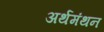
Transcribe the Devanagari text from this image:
अर्थमंथन